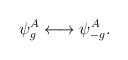
LaTeX: \begin{align*}\psi^A_{g}\longleftrightarrow \psi^A_{-g}.\end{align*}